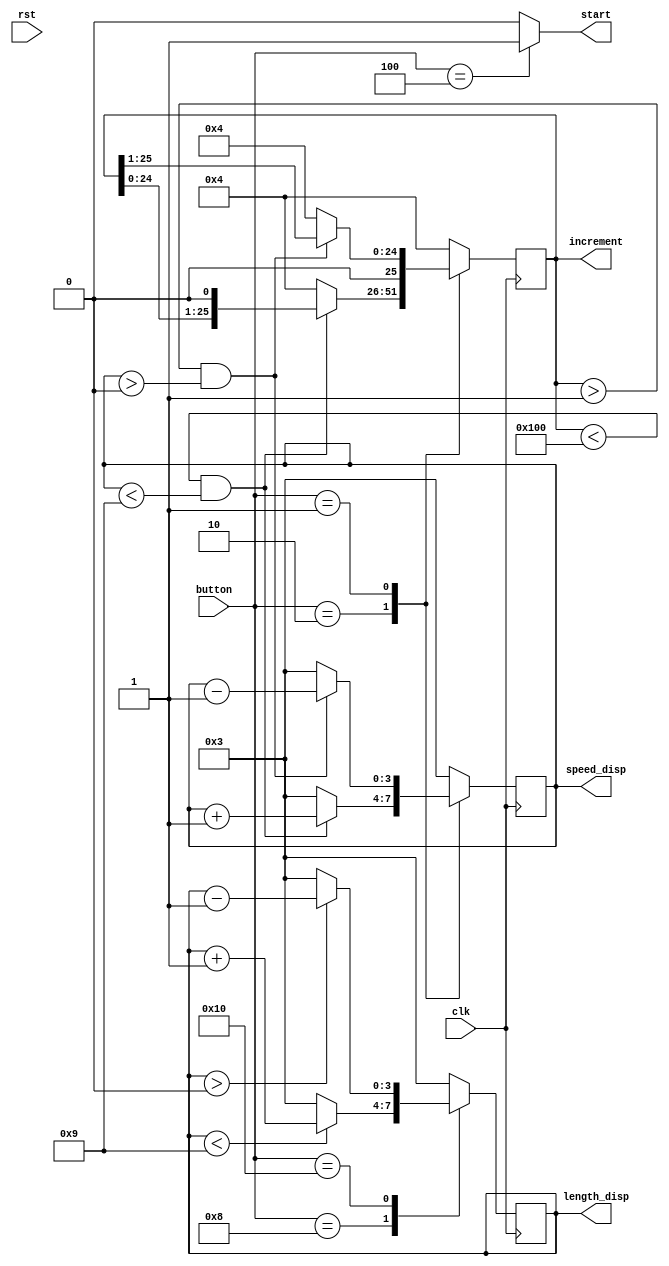
/*
   This file was generated automatically by the Mojo IDE version B1.3.6.
   Do not edit this file directly. Instead edit the original Lucid source.
   This is a temporary file and any changes made to it will be destroyed.
*/

module settings_7 (
    input clk,
    input rst,
    input [4:0] button,
    output reg [3:0] speed_disp,
    output reg [3:0] length_disp,
    output reg [0:0] start,
    output reg [25:0] increment
  );
  
  
  
  reg [25:0] M_incr_d, M_incr_q = 1'h0;
  reg [3:0] M_speed_d, M_speed_q = 1'h0;
  reg [3:0] M_length_d, M_length_q = 1'h0;
  
  always @* begin
    M_speed_d = M_speed_q;
    M_length_d = M_length_q;
    M_incr_d = M_incr_q;
    
    M_incr_d = 26'h0000004;
    increment = M_incr_q;
    speed_disp = M_speed_q;
    length_disp = M_length_q;
    M_speed_d = 2'h3;
    M_length_d = 2'h3;
    start = 1'h0;
    
    case (button)
      5'h02: begin
        if (M_incr_q < 26'h0000100 && M_speed_q < 4'h9) begin
          M_incr_d = M_incr_q << 1'h1;
          M_speed_d = M_speed_q + 1'h1;
        end
      end
      5'h01: begin
        if (M_incr_q > 26'h0000001 && M_speed_q > 4'h0) begin
          M_incr_d = M_incr_q >> 1'h1;
          M_speed_d = M_speed_q - 1'h1;
        end
      end
      5'h08: begin
        if (M_length_q < 4'h9) begin
          M_length_d = M_length_q + 1'h1;
        end
      end
      5'h10: begin
        if (M_length_q > 4'h0) begin
          M_length_d = M_length_q - 1'h1;
        end
      end
      5'h04: begin
        start = 1'h1;
      end
    endcase
  end
  
  always @(posedge clk) begin
    M_incr_q <= M_incr_d;
    M_speed_q <= M_speed_d;
    M_length_q <= M_length_d;
  end
  
endmodule